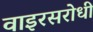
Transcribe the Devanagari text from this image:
वाइरसरोधी